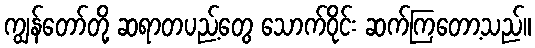
ကျွန်တော်တို့ ဆရာတပည့်တွေ သောက်ဝိုင်း ဆက်ကြတော့သည်။